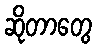
ဆိုတာတွေ